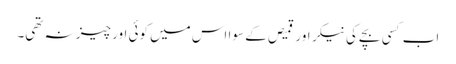
اب کسی بچے کی نیکر اور قمیص کے سوا اس میں کوئی اور چیز نہ تھی۔